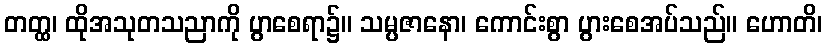
တတ္ထ၊ ထိုအသုတသညာကို ပွာစေရာ၌။ သမ္ပဇာနော၊ ကောင်းစွာ ပွားစေအပ်သည်။ ဟောတိ၊